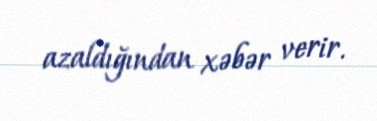
azaldığından xəbər verir.